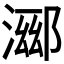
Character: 𬈖